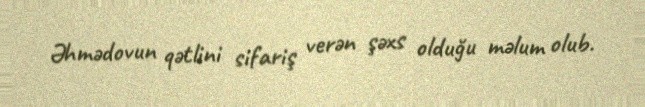
Əhmədovun qətlini sifariş verən şəxs olduğu məlum olub.